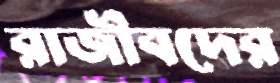
রাজীবদের